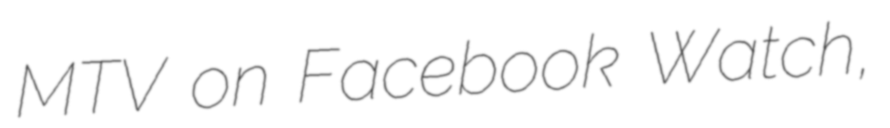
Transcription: MTV on Facebook Watch,